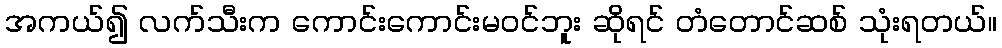
အကယ်၍ လက်သီးက ကောင်းကောင်းမဝင်ဘူး ဆိုရင် တံတောင်ဆစ် သုံးရတယ်။